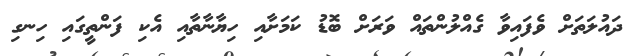
ދައުލަތަށް ވެފައިވާ ގެއްލުންތައް ވަރަށް ބޮޑު ކަމަށާއި ހިޔާނާތާއި އެކި ފަންތީގައި ހިނގި